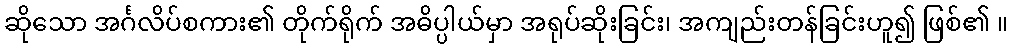
ဆိုသော အင်္ဂလိပ်စကား၏ တိုက်ရိုက် အဓိပ္ပါယ်မှာ အရုပ်ဆိုးခြင်း၊ အကျည်းတန်ခြင်းဟူ၍ ဖြစ်၏ ။